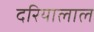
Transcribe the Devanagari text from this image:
दरियालाल